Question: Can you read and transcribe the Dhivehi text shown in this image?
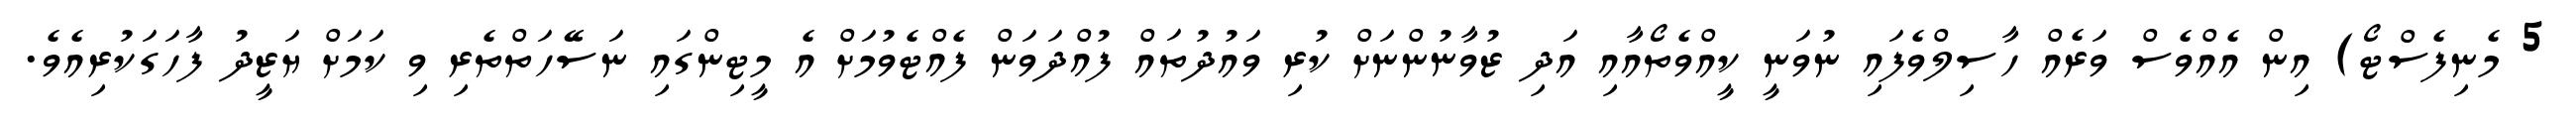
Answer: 5 މެނިފެސްޓޯ) އިން އެއްވެސް ވަރެއް ހާސިލްވެފައި ނުވަނީ ކީއްވެތޯއާއި އަދި ޒުވާނުންނަށް ކުރި ވައުދުތައް ފުއްދަވަން ފެއްޓެވުމަށް އެ މީޓިންގައި ނަސޭހަތްތެރި ވި ކަމަށް ޔަޒީދު ފާހަގަކުރިއެވެ.